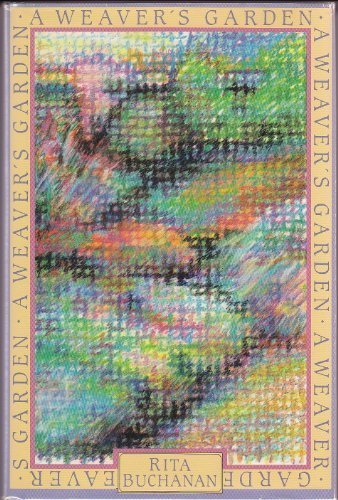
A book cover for A Weaver's Garden; Rita Buchanan; Crafts, Hobbies & Home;